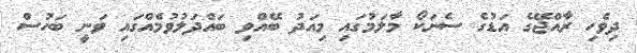
ދިވެހި ރާއްޖޭގެ އަޑުގެ ސެނަކޯ މާލަމުގައި މިއަދު ބޭއްވި ބައްދަލުވުމެއްގައި ވަނީ ބަހުސް